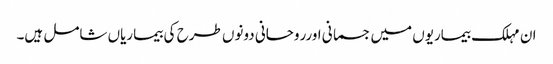
ان مہلک بیماریوں میں جسمانی اورروحانی دونوں طرح کی بیماریاں شامل ہیں۔